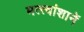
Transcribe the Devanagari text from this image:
मत्त्वांशानें